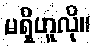
မရှိဟူလို။